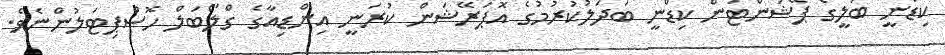
ކިޑްނީ ބަލީގެ ޕޭޝަންޓުން ކިޑްނީ ބަދަލުކުރުމުގެ އޮޕަރޭޝަން ކުރަނީ އިންޑިއާގެ ގްލޯބަލް ހޮސްޕިޓަލުންނެވެ.